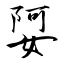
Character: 娿